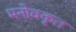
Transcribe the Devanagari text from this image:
मनोवकृत